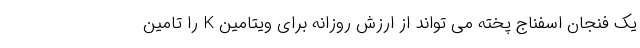
یک فنجان اسفناج پخته می تواند از ارزش روزانه برای ویتامین K را تامین